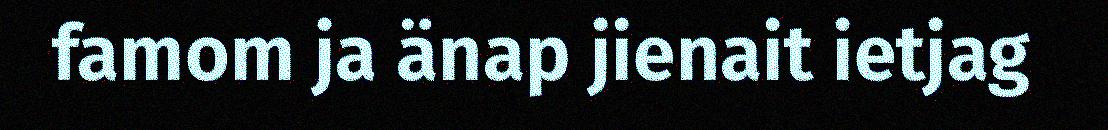
famom ja änap jienait ietjag